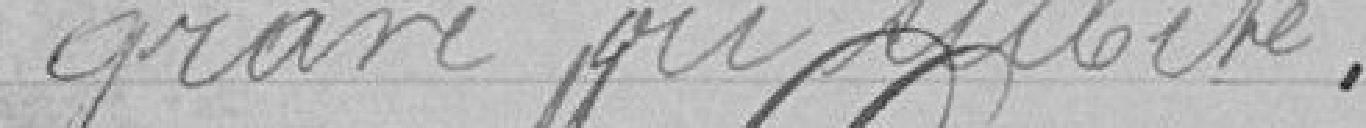
grave ou subite.